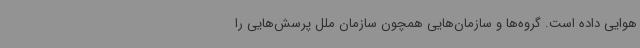
هوایی داده است. گروه‌ها و سازمان‌هایی همچون سازمان ملل پرسش‌هایی را